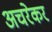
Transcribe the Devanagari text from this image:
अचरेकर